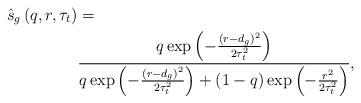
LaTeX: \begin{align*} \hat{s}_{g} \left( q, r, \tau_t \right) &= \\ &\frac{q \exp \left( - \frac{ \left( r - d_{g} \right)^2}{2 \tau_t^2} \right)} { q \exp \left( - \frac{ \left( r - d_{g} \right)^2}{2 \tau_t^2} \right) + (1-q) \exp \left( -\frac{r^2}{2 \tau_t^2} \right)}, \\ \end{align*}